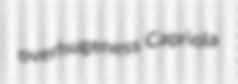
overhugeness Capriola